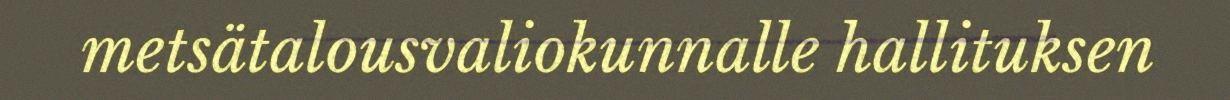
metsätalousvaliokunnalle hallituksen